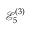
\mathcal { E } _ { 5 } ^ { ( 3 ) }